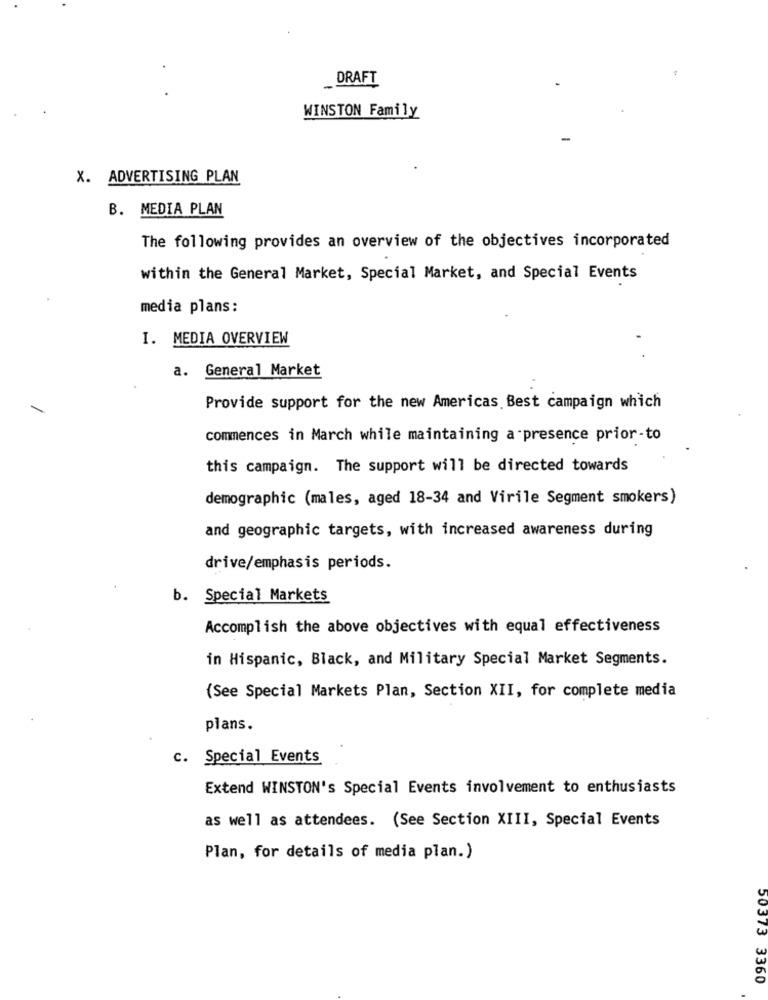
DRAFT
WINSTON Family
X. ADVERTISING PLAN
B. MEDIA PLAN
The following provides an overview of the objectives incorporated
within the General Market, Special Market, and Special Events
media plans:
I. MEDIA OVERVIEW
a. General Market
Provide support for the new Americas Best campaign which
commences in March while maintaining a presence prior-to
this campaign. The support will be directed towards
demographic (males, aged 18-34 and Virile Segment smokers)
and geographic targets, with increased awareness during
drive/emphasis periods.
b. Special Markets
Accomplish the above objectives with equal effectiveness
in Hispanic, Black, and Military Special Market Segments.
(See Special Markets Plan, Section XII, for complete media
plans.
c. Special Events
Extend WINSTON's Special Events involvement to enthusiasts
as well as attendees. (See Section XIII, Special Events
Plan, for details of media plan.)
50373 3360